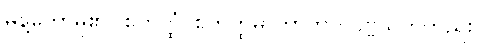
မိန့်တော်မူ၏။ စတုတ္ထံ၊ စတုတ္ထမာတာဘူတပုဗ္ဗသုတ်တည်း။